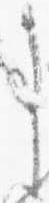
事